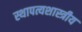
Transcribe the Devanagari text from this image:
स्थापत्यशास्त्रीय